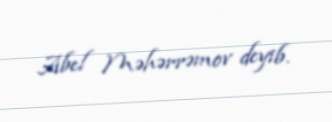
Abel Məhərrəmov deyib.